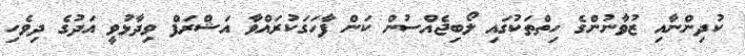
ކުދިންނާއި ޒުވާނުންގެ ހިތްތަކުގައި ލޯބިޖެއްސުން ކަން ފާހަގަކުރައްވާ އަޝްރަފް ވިދާޅުވީ އަދުގެ ދިވެހި